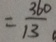
= \frac { 3 6 0 } { 1 3 }